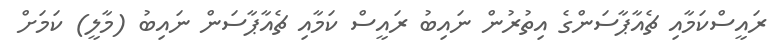
ރައީސްކަމާއި ޗެއާޕާސަންގެ އިތުރުން ނައިބު ރައީސް ކަމާއި ޗެއާޕާސަން ނައިބު (މާލީ) ކަމަށް